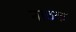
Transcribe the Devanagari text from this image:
नाठक